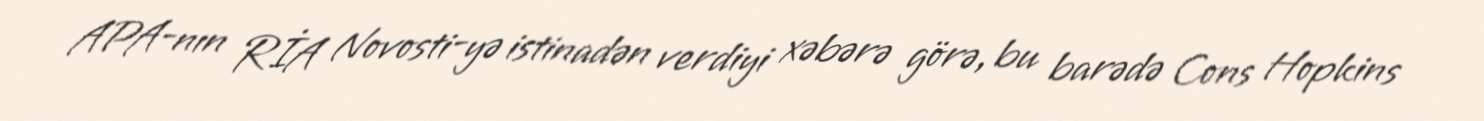
APA-nın RİA Novosti-yə istinadən verdiyi xəbərə görə, bu barədə Cons Hopkins